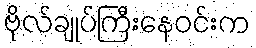
ဗိုလ်ချုပ်ကြီးနေဝင်းက